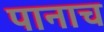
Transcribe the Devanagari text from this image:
पानाच